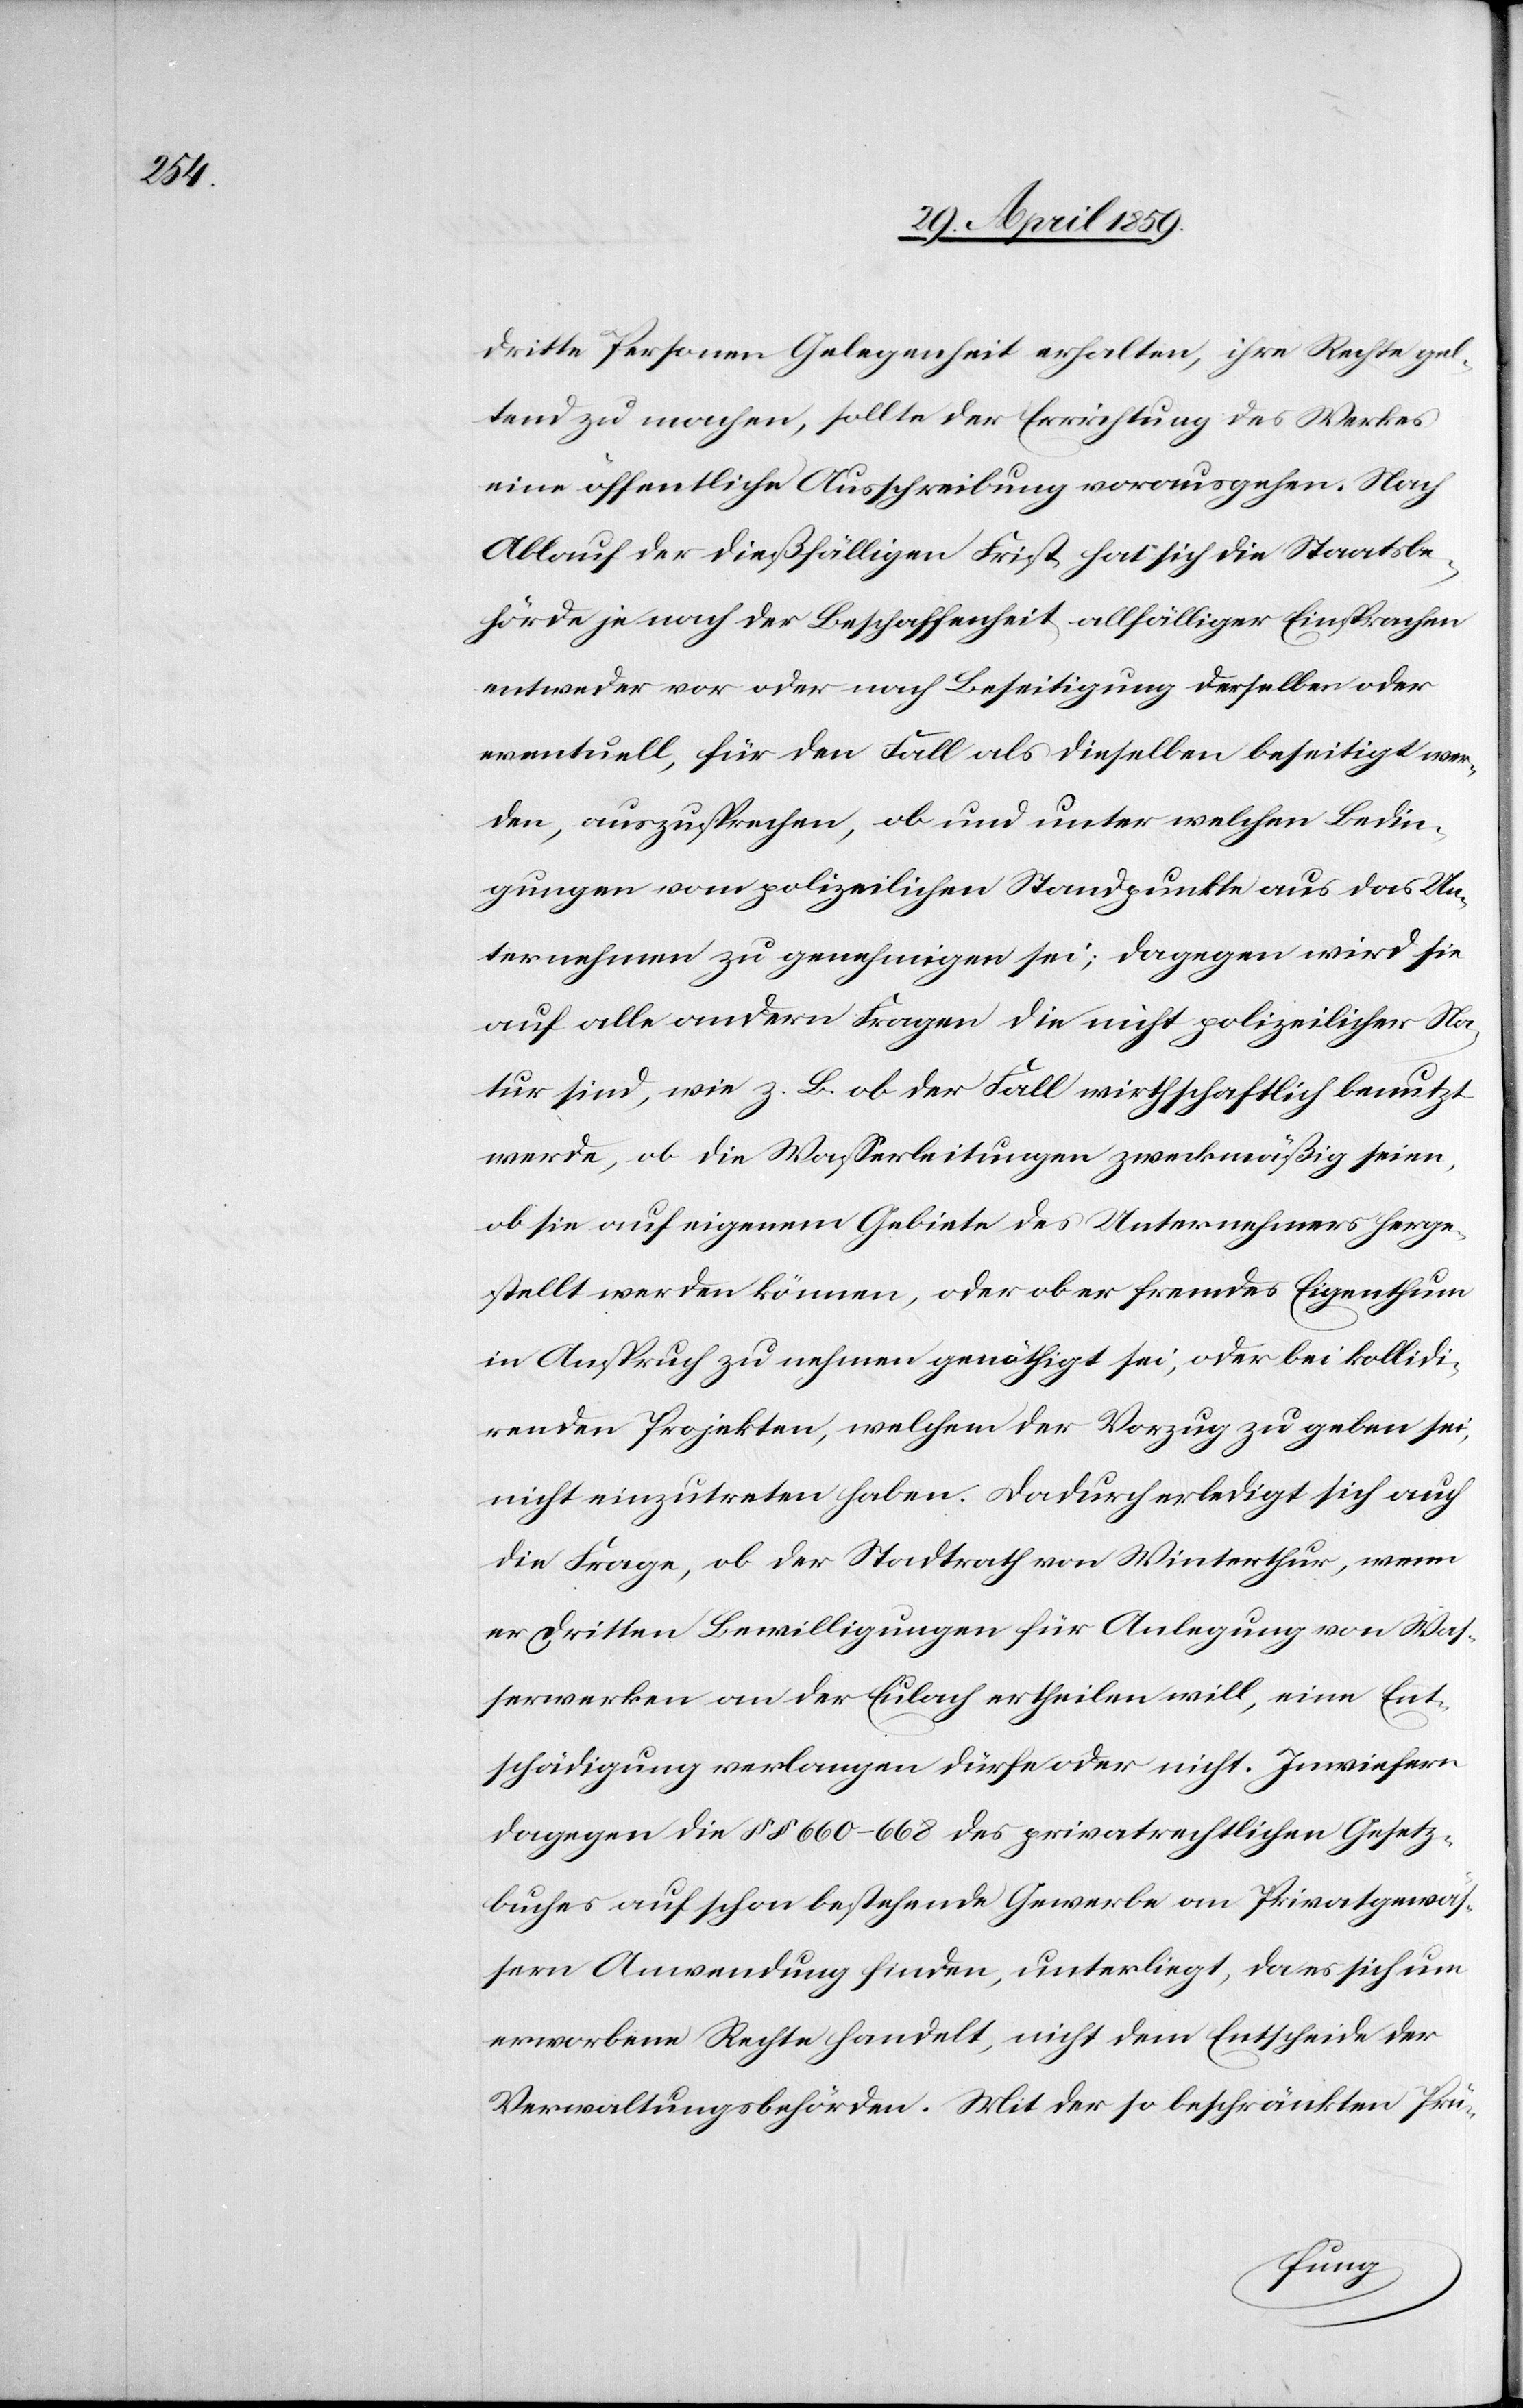
dritte Personen Gelegenheit erhalten, ihre Rechte gel¬
tend zu machen, sollte der Errichtung des Werkes
eine öffentliche Ausschreibung vorausgehen. Nach
Ablauf der dießfälligen Frist hat sich die Staatsbe¬
hörde je nach der Beschaffenheit allfälliger Einsprachen
entweder vor oder nach Beseitigung derselben oder
eventuell, für den Fall als dieselben beseitigt wer¬
den, auszusprechen, ob und unter welchen Bedin¬
gungen vom polizeilichen Standpunkte aus das Un¬
ternehmen zu genehmigen sei; dagegen wird sie
auf alle andern Fragen die nicht polizeilicher Na¬
tur sind, wie z. B. ob der Fall wirthschaftlich benutzt
werde, ob die Waßerleitungen zweckmäßig seien,
ob sie auf eigenem Gebiete des Unternehmers herge¬
stellt werden können, oder aber fremdes Eigenthum
in Anspruch zu nehmen genöthigt sei, oder bei kollidi¬
renden Projekten, welchem der Vorzug zu geben sei,
nicht einzutreten haben. Dadurch erledigt sich auch
die Frage, ob der Stadtrath von Winterthur, wenn
er dritten Bewilligungen für Anlegung von Was¬
serwerken an der Eulach ertheilen will, eine Ent¬
schädigung verlangen dürfe oder nicht. Inwiefern
dagegen die § § 660(668 des privatrechtlichen Gesetz¬
buches auf schon bestehende Gewerbe an Privatgewäß¬
ern Anwendung finden, unterliegt, da es sich um
erworbene Rechte handelt, nicht dem Entscheide der
Verwaltungsbehörden. Mittheilung der so beschränkten Prü-